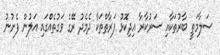
ސަލާމަތީ ބާރުތަކާއި ސަރުކާރާ އިދިކޮޅު ފަރާތްތަކާ ދެމެދު ރޭގެ ވަގުތެއްގައި އަލުން ފެށުނު